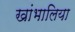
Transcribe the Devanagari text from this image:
खांभालिया